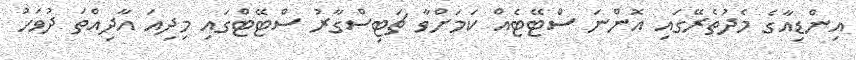
އިންޑިއާގެ މެދުތެރޭގައި އޮންނަ ސްޓޭޓެއް ކަމަށްވާ ޗަޓިސްގާރު ސްޓޭޓްގައި މިދިއަ އާދިއްތަ ދުވަހު